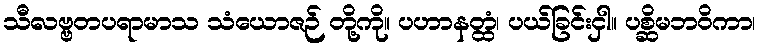
သီလဗ္ဗတပရာမာသ သံယောဇဉ် တို့ကို။ ပဟာနတ္ထံ၊ ပယ်ခြင်းငှါ။ ပစ္ဆိမဘဝိကာ၊